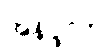
အနိပ္ဖလာ